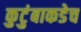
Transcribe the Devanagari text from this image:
कुटुंबाकडेच